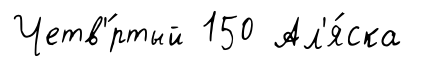
Четв'́ртый 150 Ал'я́ска